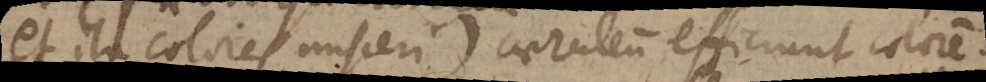
et ita colores misceri +) caeruleum efficiunt colorem